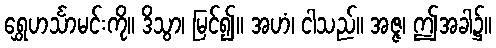
ရွှေဟင်္သာမင်းကို။ ဒိသွာ၊ မြင်၍။ အဟံ၊ ငါသည်။ အဇ္ဇ၊ ဤအခါ၌။